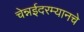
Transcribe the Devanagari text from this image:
चेन्नईदरम्यानचे